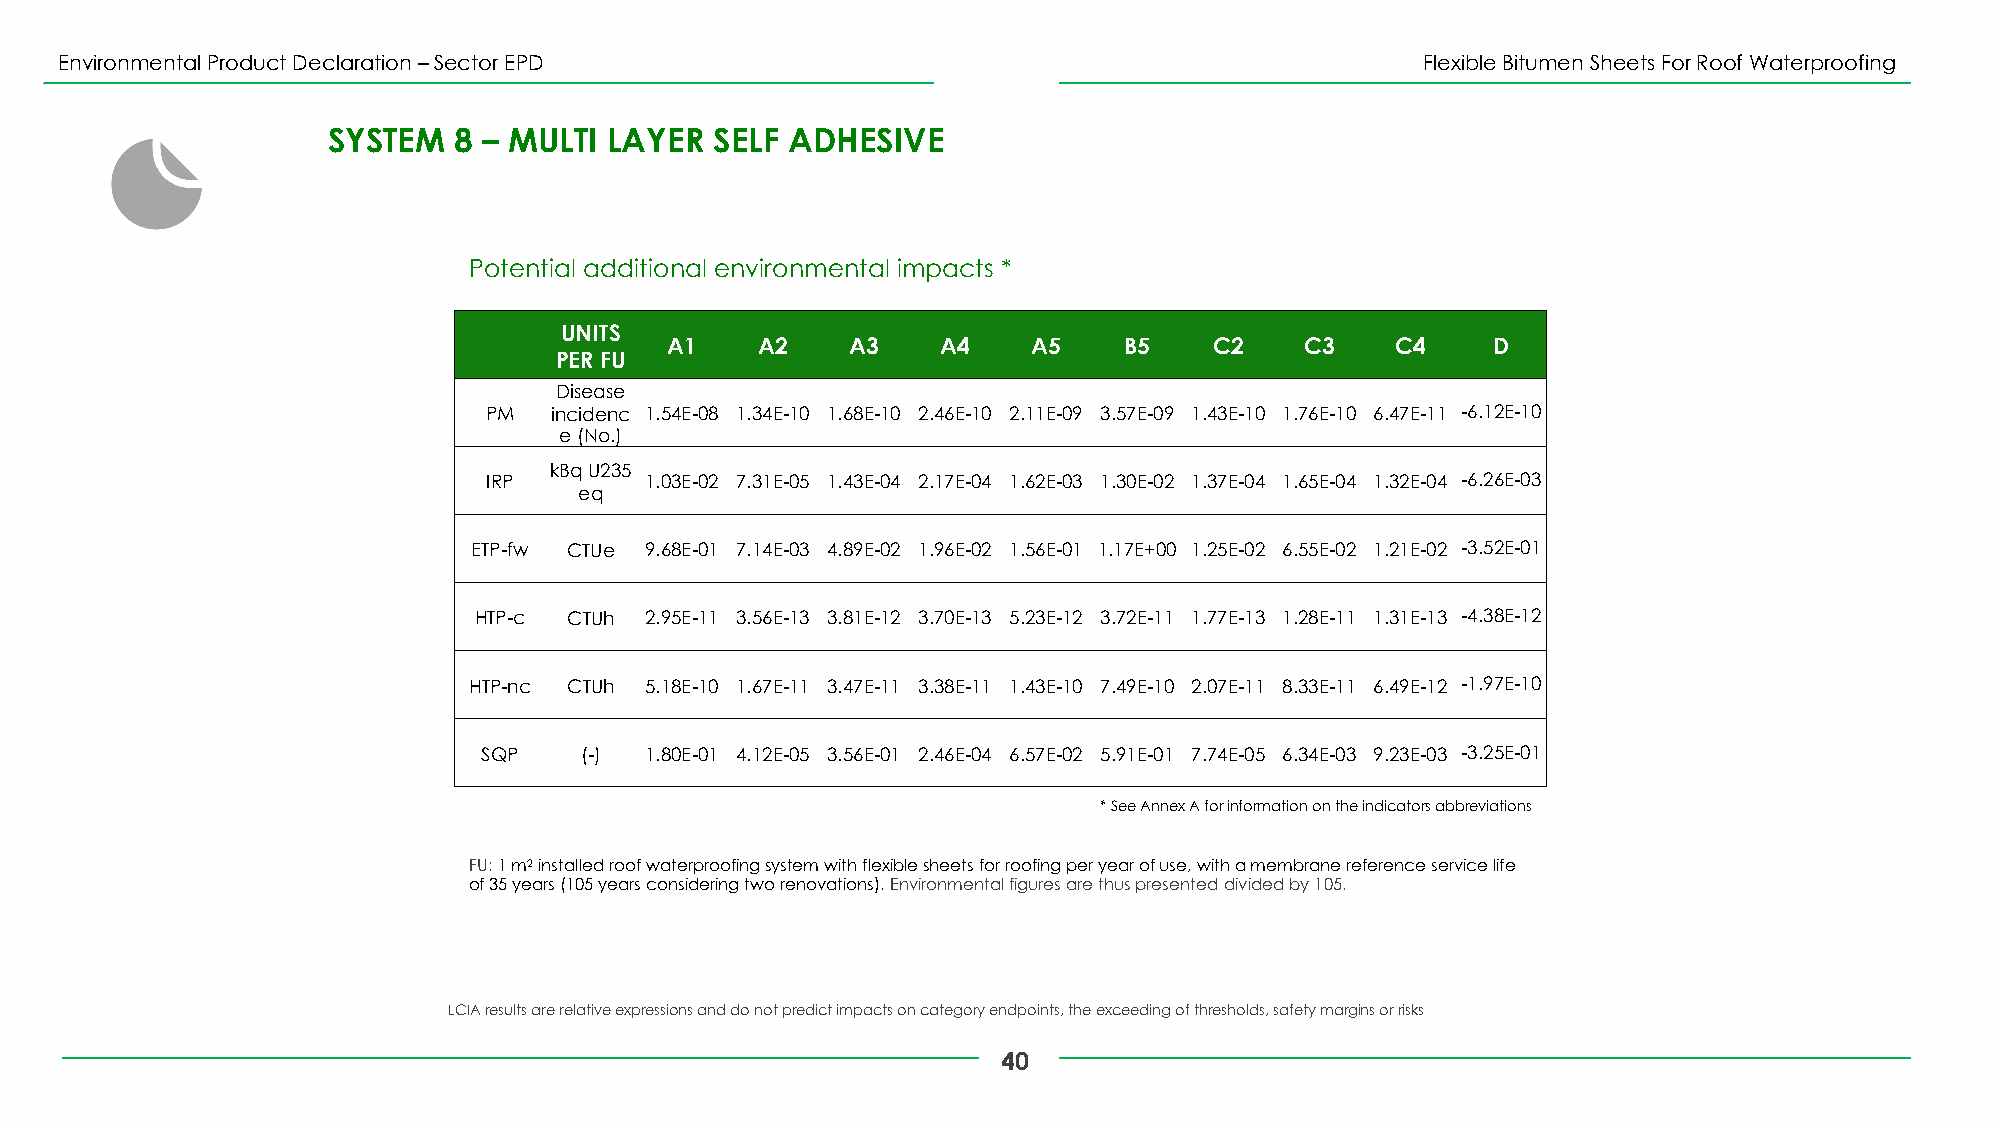
Environmental Product Declaration –Sector EPD                                             Flexible Bitumen Sheets For Roof Waterproofing
 SYSTEM  8 – MULTI LAYER  SELF ADHESIVE
 Potential additional environmental impacts *
 UNITS
 A1    A2    A3    A4    A5    B5    C2    C3    C4     D
 PER FU
 Disease
 PM  incidenc 1.54E-08 1.34E-10 1.68E-10 2.46E-10 2.11E-09 3.57E-09 1.43E-10 1.76E-10 6.47E-11 -6.12E-10
 e(No.)
 kBqU235
 IRP        1.03E-02 7.31E-05 1.43E-04 2.17E-04 1.62E-03 1.30E-02 1.37E-04 1.65E-04 1.32E-04 -6.26E-03
 eq
 ETP-fw CTUe 9.68E-01 7.14E-03 4.89E-02 1.96E-02 1.56E-01 1.17E+00 1.25E-02 6.55E-02 1.21E-02 -3.52E-01
 HTP-c  CTUh 2.95E-11 3.56E-13 3.81E-12 3.70E-13 5.23E-12 3.72E-11 1.77E-13 1.28E-11 1.31E-13 -4.38E-12
 HTP-nc CTUh 5.18E-10 1.67E-11 3.47E-11 3.38E-11 1.43E-10 7.49E-10 2.07E-11 8.33E-11 6.49E-12 -1.97E-10
 SQP   (-)  1.80E-01 4.12E-05 3.56E-01 2.46E-04 6.57E-02 5.91E-01 7.74E-05 6.34E-03 9.23E-03 -3.25E-01
 * See Annex A for information on the indicators abbreviations
 FU: 1 m2installed roof waterproofing system with flexible sheets for roofing per year of use, with a membrane reference service life
 of 35 years (105 years considering two renovations). Environmental figures are thus presented divided by 105.
 LCIA results are relative expressions and do not predict impacts on category endpoints, the exceeding of thresholds, safety margins or risks
 40